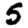
Digit: 5